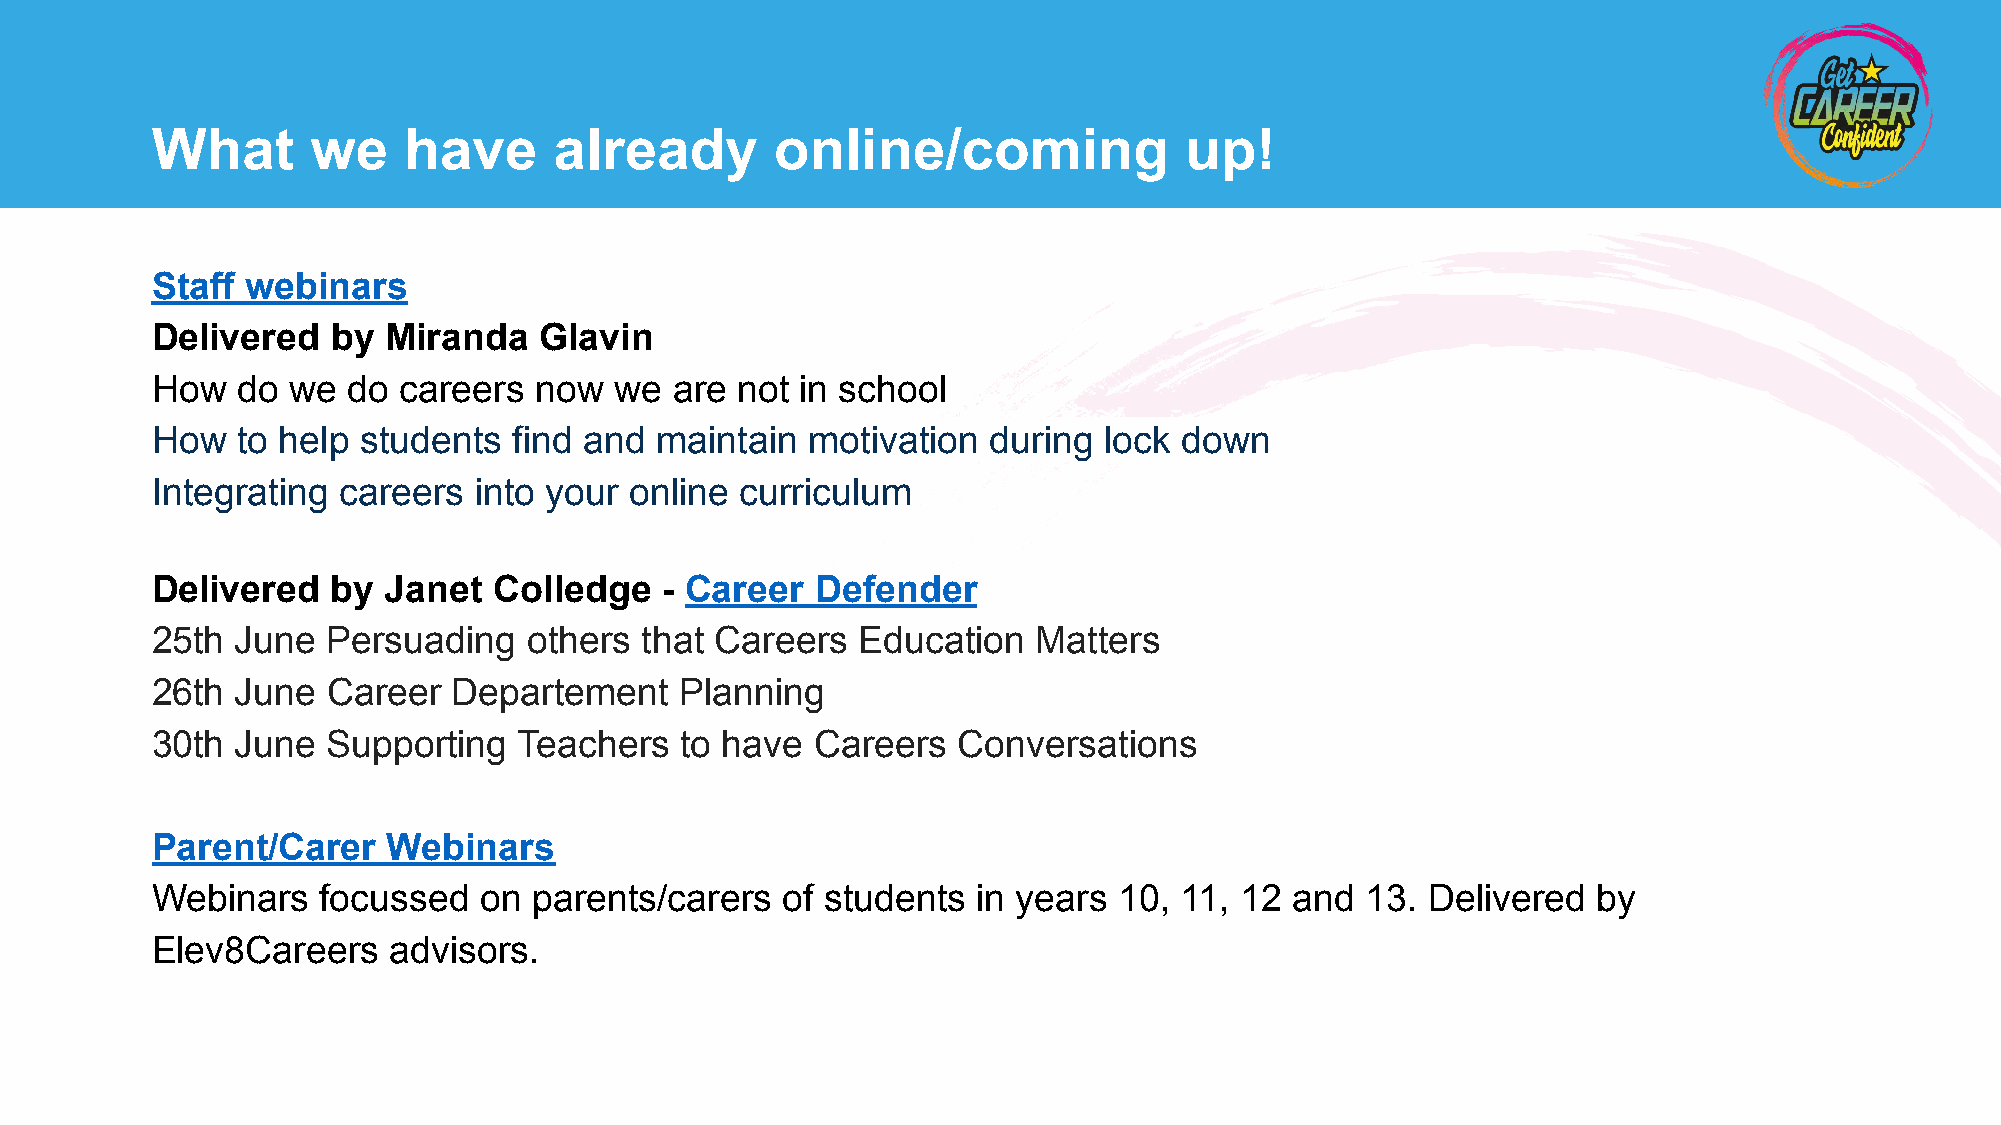
What       we    have      already       online/coming              up!
 Staff webinars
 Delivered   by Miranda    Glavin
 How   do we  do careers  now   we  are not in school
 How   to help students  find and maintain  motivation  during  lock down
 Integrating careers  into your  online curriculum
 Delivered   by Janet   Colledge   - Career  Defender
 25th  June  Persuading   others that Careers   Education   Matters
 26th  June  Career  Departement    Planning
 30th  June  Supporting  Teachers   to have  Careers  Conversations
 Parent/Carer    Webinars
 Webinars   focussed   on parents/carers   of students  in years 10, 11, 12  and 13. Delivered   by
 Elev8Careers    advisors.